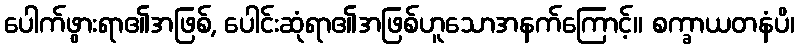
ပေါက်ဖွားရာ၏အဖြစ်, ပေါင်းဆုံရာ၏အဖြစ်ဟူသောအနက်ကြောင့်။ စက္ခာယတနံပိ၊